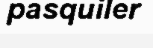
pasquiler